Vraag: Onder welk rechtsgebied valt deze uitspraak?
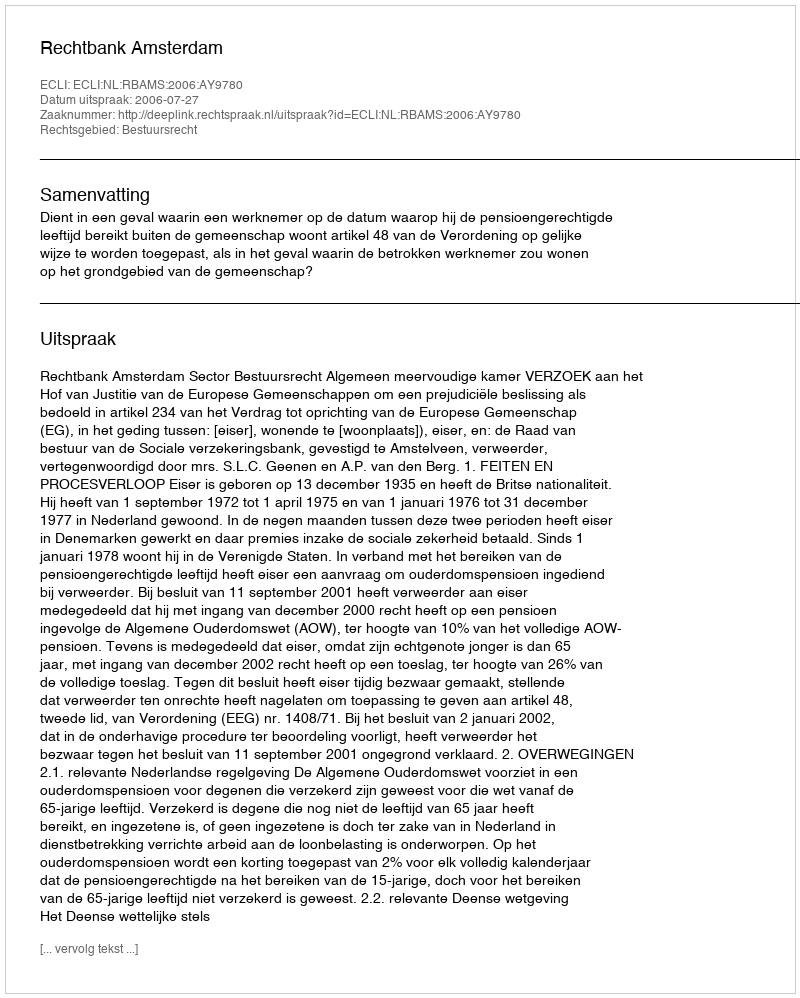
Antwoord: Bestuursrecht